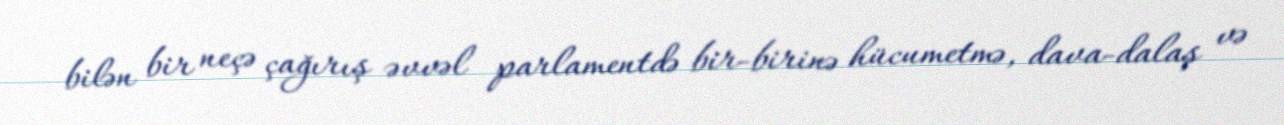
bilən bir neçə çağırış əvvəl parlamentdə bir-birinə hücumetmə, dava-dalaş və